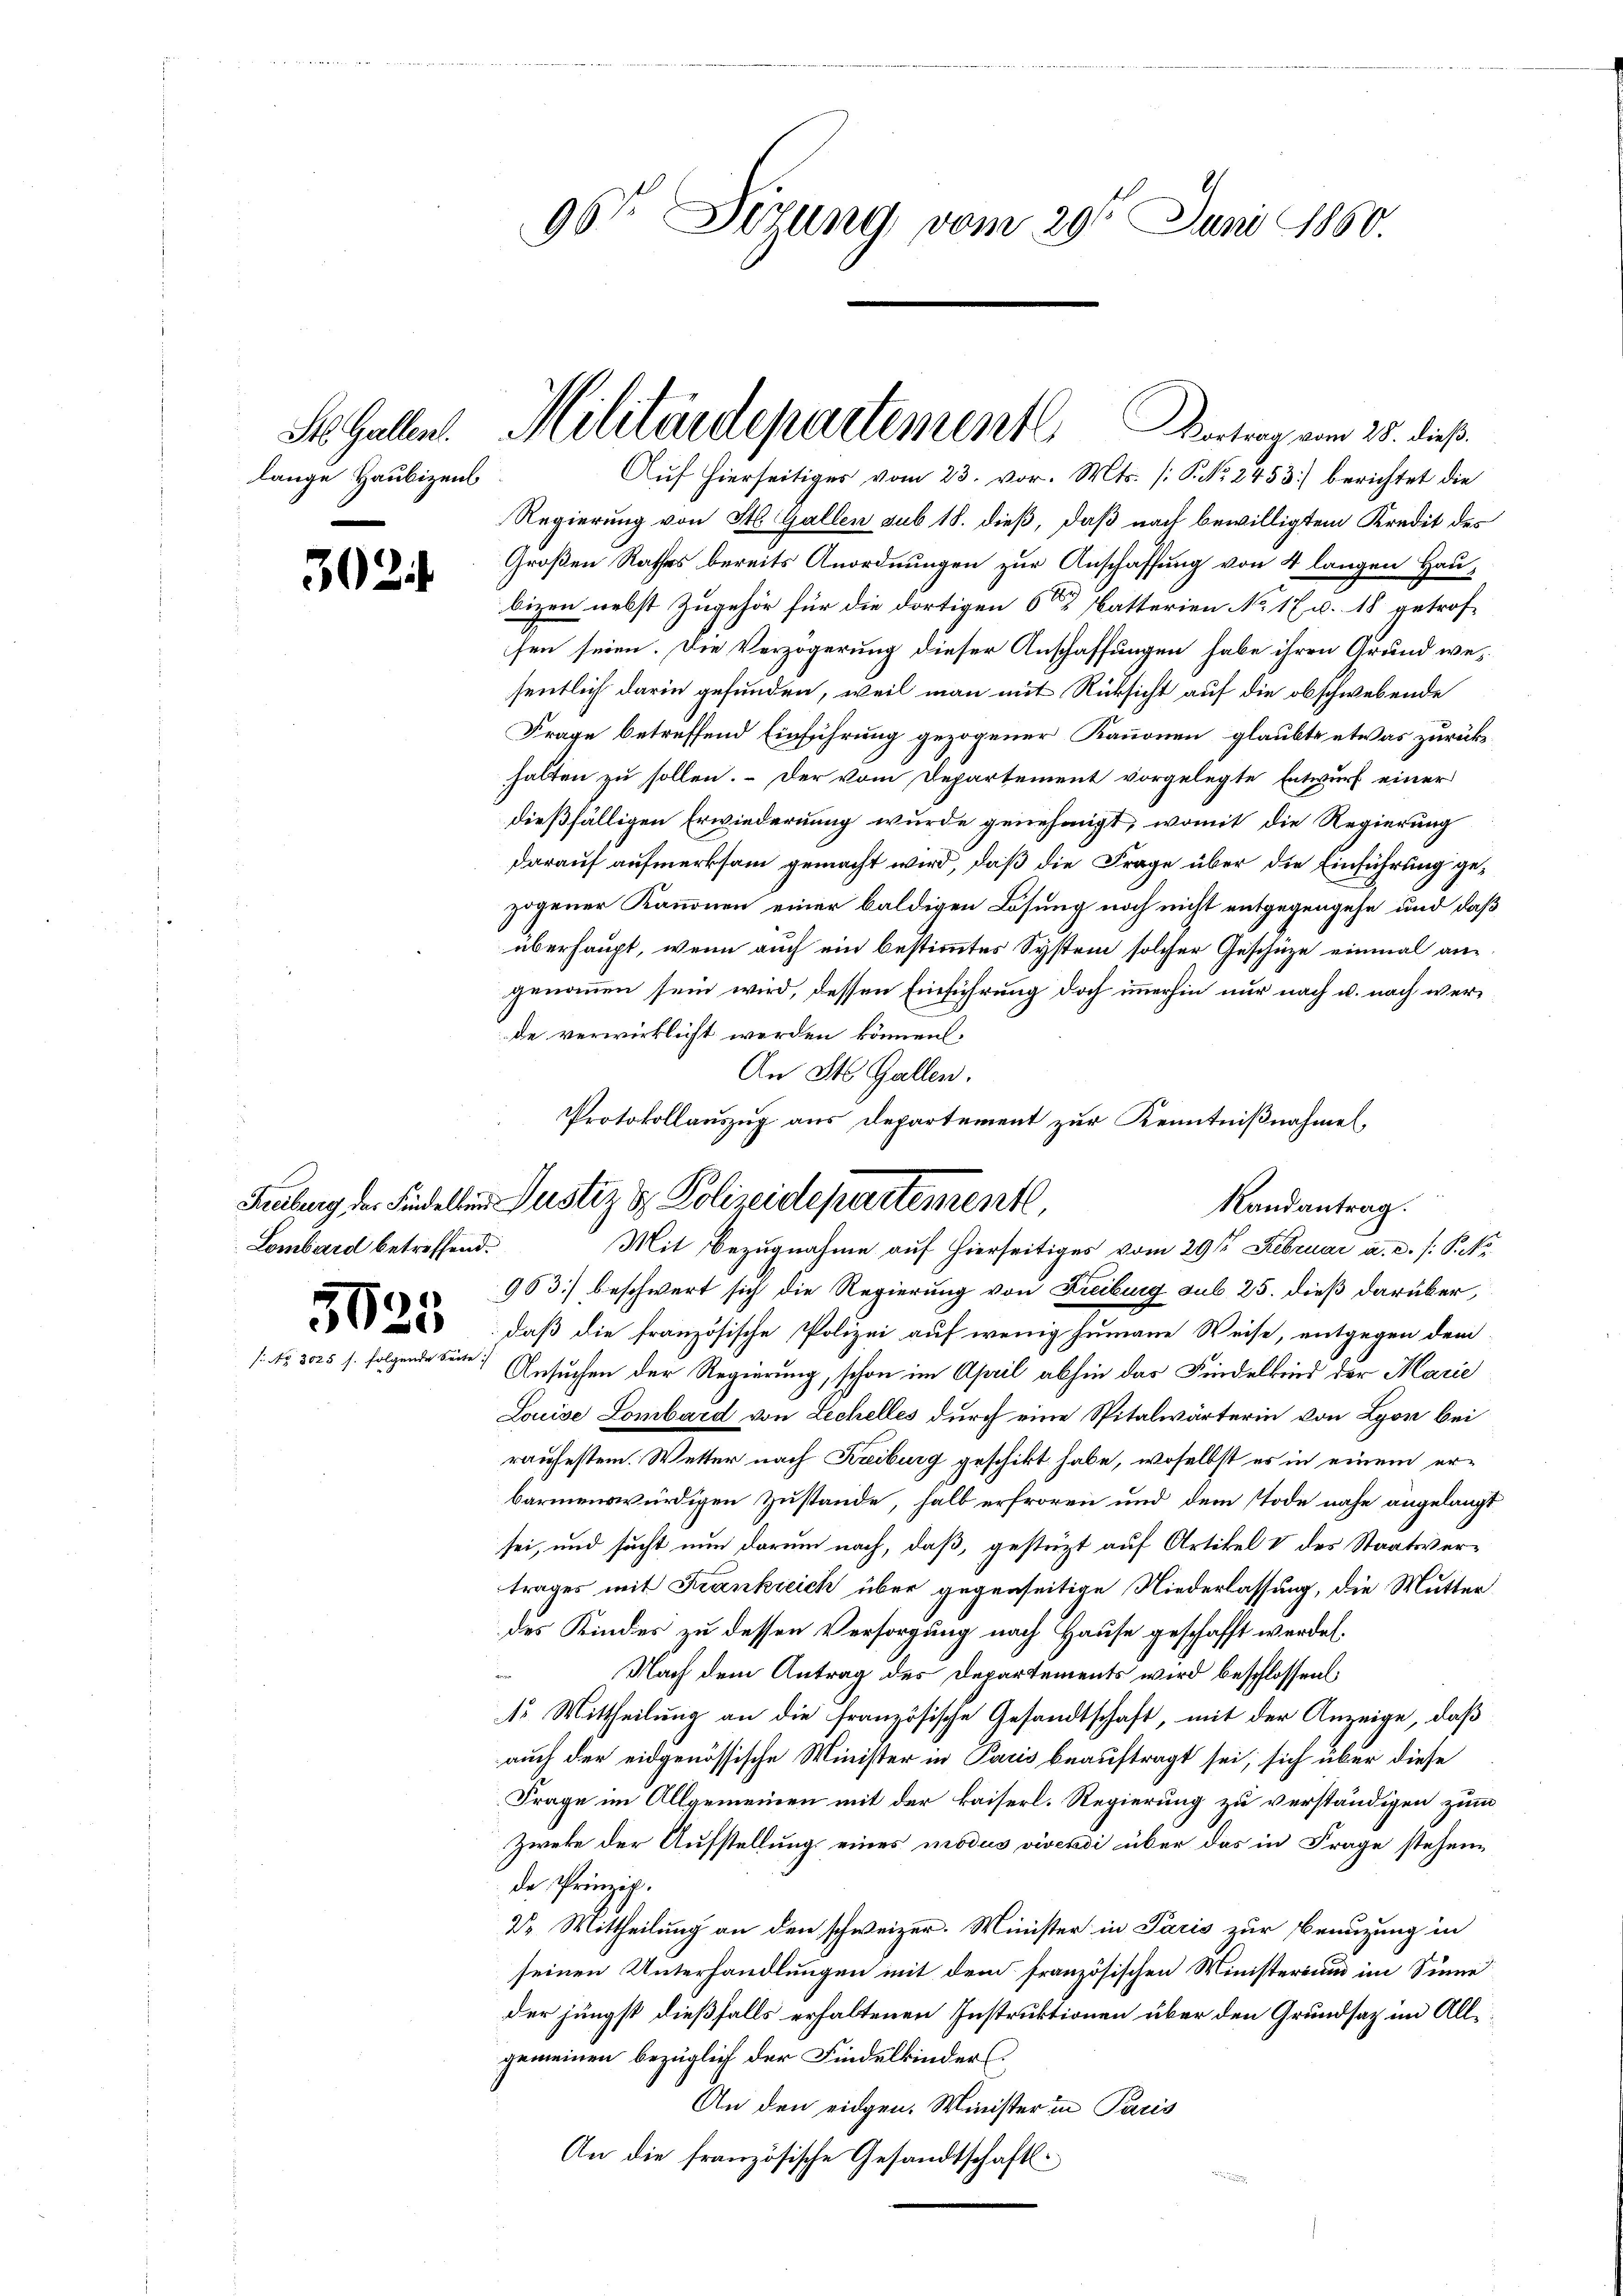
lange Haubizens

30.

Lombard betreffend.

sucke

50

5

96ten Sizung vom 29t Juni 1860.

St. Gallen. Militärdepartementl. Vortrag vom 25. dieß.
Auf hierseitiges vom 23. vor. Mts. (: No 2453) berichtet die

Protokollauszug aus Departement zur Kenntnißnahmen,
Hebung der Fidellen Justiz & Polizeidepartementl
Randantrag.
Mit Bezugnahme auf hierseitiges vom 29sten Februar a. c. /: P. M.

Regierung von St. Gallen sub 18. dieß, daß nach bewilligtem Kredit des
Großen Rathes bereits Anordnungen zur Anschaffung von 4 langen Haubizen nebst Zugehör für die dortigen 6 Batterien No 17. u. 18 getrofsen seien. Die Verzögerung dieser Anschaffungen habe ihren Grund wesentlich darin gefunden, weil man mit Rücksicht auf die obschwebende
Frage betreffend Einführung gezogener Kanonen glaubte etwas zurückhalten zu sollen. – Der vom Departement vorgelegte Entwurf einer
dießfälligen Erwiedernung wurde genehmigt, womit die Regierung
darauf aufmerksam gemacht wird, daß die Frage über die Einführung gezogener Kanonen einer baldigen Lösung noch nicht entgegengehe und daß
überhaupt, wenn auch ein bestimmtes System solcher Geschüze einmal angenommen sein wird, dessen Einführung doch immerhin nur nach u. nach werde verwirklicht werden können.
An St. Gallen.
963) beschwert sich die Regierung von Freiburg sub 25. dieß darüber,
daß die französische Polizei auf wenig humane Weise, entgegen dem
.) Ansuchen der Regierung, schon im April abhin das Findelkind der Marie
Louise Lombard von Lechelles durch eine Spitalwärterin von Lyon bei
raufesten. Wetter nach Kreiburg geschikt habe, woselbst es in einem er-
barmenswürdigen Zustande, halb erfroren und dem Tode nahe angelangt
sei, und sucht nun darum nach, daß, gestüzt auf Artikel V des Staatsvertrages mit Frankreich über gegenseitige Niederlassung, die Mutter
des Kindes zu dessen Versorgung nach Hause geschafft werden.
Nach dem Antrag des Departements wird beschlossen,
r Mittheilung an die französische Gesandtschaft, mit der Anzeige, daß
auch der eidgenössische Minister in Paris beauftragt sei, sich über diese
Frage im Allgemeinen mit der kaiserl. Regierung zu verständigen zum
Zweke der Aufstellung eines modus vivendi über das in Frage stehende Prinzip.
2. Mittheilung an den schweizer. Minister in Paris zur Benuzung in
seinen Unterhandlungen mit dem französischen Ministerium im Sinne
der jüngst dießfalls erhaltenen Instruktionen über den Grundsaz im Allgemeinen bezüglich der Findelkinder
An den eidgen. Minister in Paris
An die französische Gesandtschafts¬